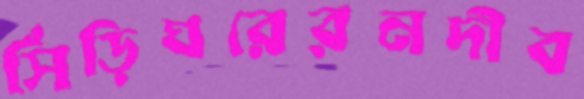
সিঁড়িঘরেরনদীব